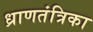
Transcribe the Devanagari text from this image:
ध्राणतंत्रिका